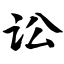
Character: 讼